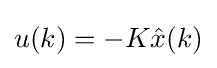
u(k)=-K{\hat {x}}(k)